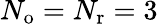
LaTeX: {N_{\mathrm{o}}}={N_{\mathrm{r}}}=3